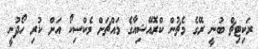
ރަކިޓިޗް ބުނީ ރޭގެ މެޗުން ކްރޮއޭޝިއާގެ މައްޗަށް މެކްސިކޯ އަށް ކުރި ހޯދުނީ